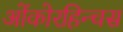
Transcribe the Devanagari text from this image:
ओंकोरहिन्चस